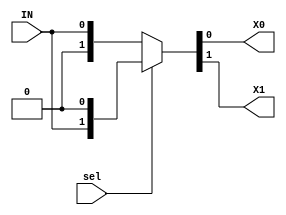
module demux(
		input		wire	sel,
		input		wire	IN,
		output	wire	X0,
		output	wire	X1
	);
	
	assign	{X1,X0}		=	sel ?	{IN,1'b0}	:	{1'b0,IN};
	
endmodule